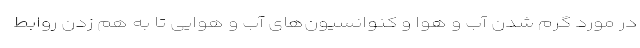
در مورد گرم شدن آب و هوا و کنوانسیون‌های آب و هوایی تا به هم زدن روابط